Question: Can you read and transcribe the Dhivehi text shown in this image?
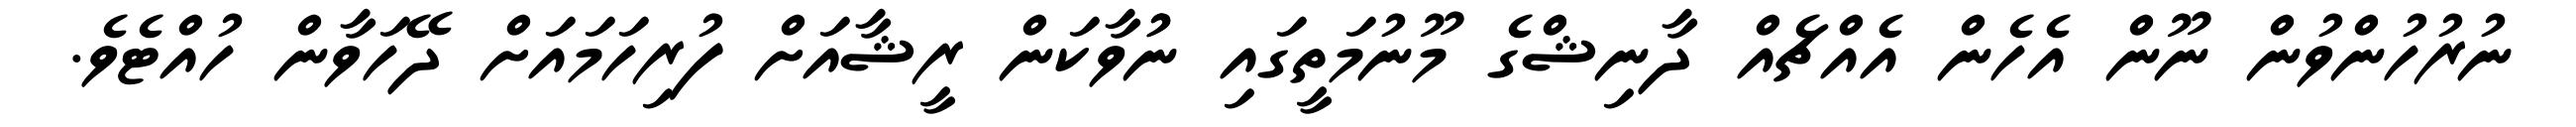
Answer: ނުރުހުންވުން ނޫން އެހެން އެއްޗެއް ދާނިޝްގެ މޫނުމަތީގައި ނުުވާކަން ރީޝާއަށް ފުރިހަމައަށް ދޭހަވާން ހުއްޓެވެ.